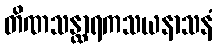
တိဏသန္ထာရကသယနာသနံ